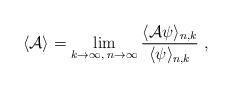
LaTeX: \begin{align*}\langle {\cal A} \rangle = \lim_{k\to \infty,\; n\to \infty} {\langle {\cal A} \psi \rangle_{n,k} \over \langle \psi \rangle_{n,k}}\ , \end{align*}